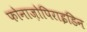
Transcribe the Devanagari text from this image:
फोनाज़ोपिराइडिन